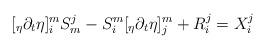
LaTeX: \begin{align*}& [_\eta \partial_t \eta]^m_i S_m^j - S^m_i [_\eta \partial_t \eta]^m_j + R_i^j = X_i^j \end{align*}